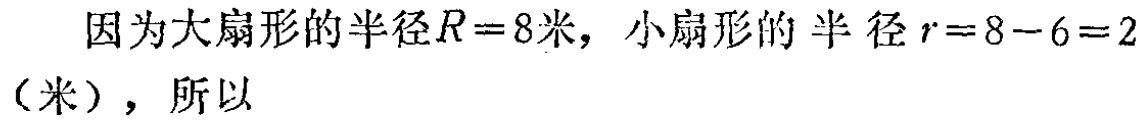
因为大扇形的半径\(R = 8\)米，小扇形的半径\(r = 8 - 6 = 2\)（米），所以